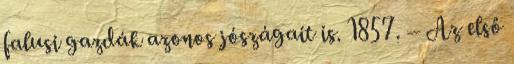
falusi gazdák azonos jószágait is. 1857. – Az első